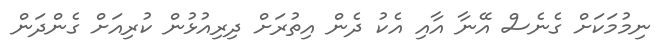
ނިމުމަކަށް ގެނެސް އޭނާ އާއި އެކު ދެން އިތުރަށް ދިރިއުޅުން ކުރިއަށް ގެންދަން